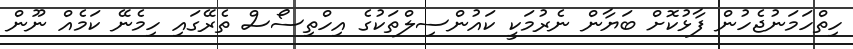
ހިތްހަމަނުޖެހުން ފާޅުކޮށް ބަޔާން ނެރުމަކީ ކައުންސިލްތަކުގެ އިހްތިސޯސް ތެރޭގައި ހިމެނޭ ކަމެއް ނޫން